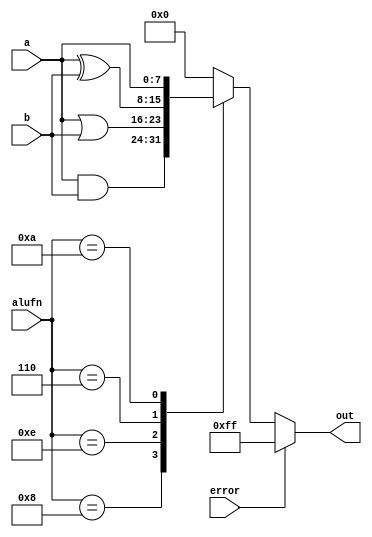
module bool_4 (
    input [3:0] alufn,
    input [7:0] a,
    input [7:0] b,
    output reg [7:0] out,
    input error
  );
  
  
  
  always @* begin
    
    case (alufn)
      4'h8: begin
        out = a & b;
      end
      4'he: begin
        out = a | b;
      end
      4'h6: begin
        out = a ^ b;
      end
      4'ha: begin
        out = a;
      end
      default: begin
        out = 8'h00;
      end
    endcase
    if (error) begin
      out = 8'hff;
    end
  end
endmodule